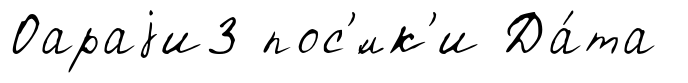
Оараjи3 пос'́лк'и Да́та